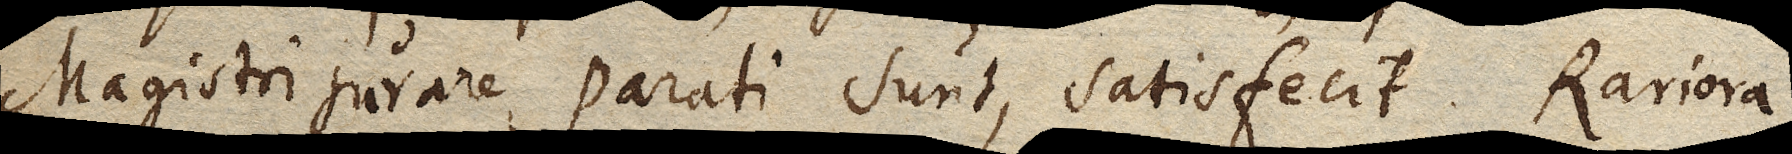
Magistri jurare parati sunt, satisfecit. Rariora